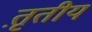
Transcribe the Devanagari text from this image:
त़ृतीय